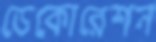
ডেকোরেশন